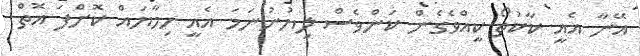
އޭނާ އެއީ ކާކުތޯ ކީއްވެގެން ކަންވެސް ލިޔުނުނަމަ އެއީ ހިމާޔައް ކޮށްފަ އޮތް